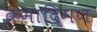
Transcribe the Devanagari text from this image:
क्रमादिगण